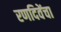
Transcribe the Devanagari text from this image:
रणदिवेंचा